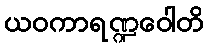
ယဝကာရဏ္ဍဝေါတိ